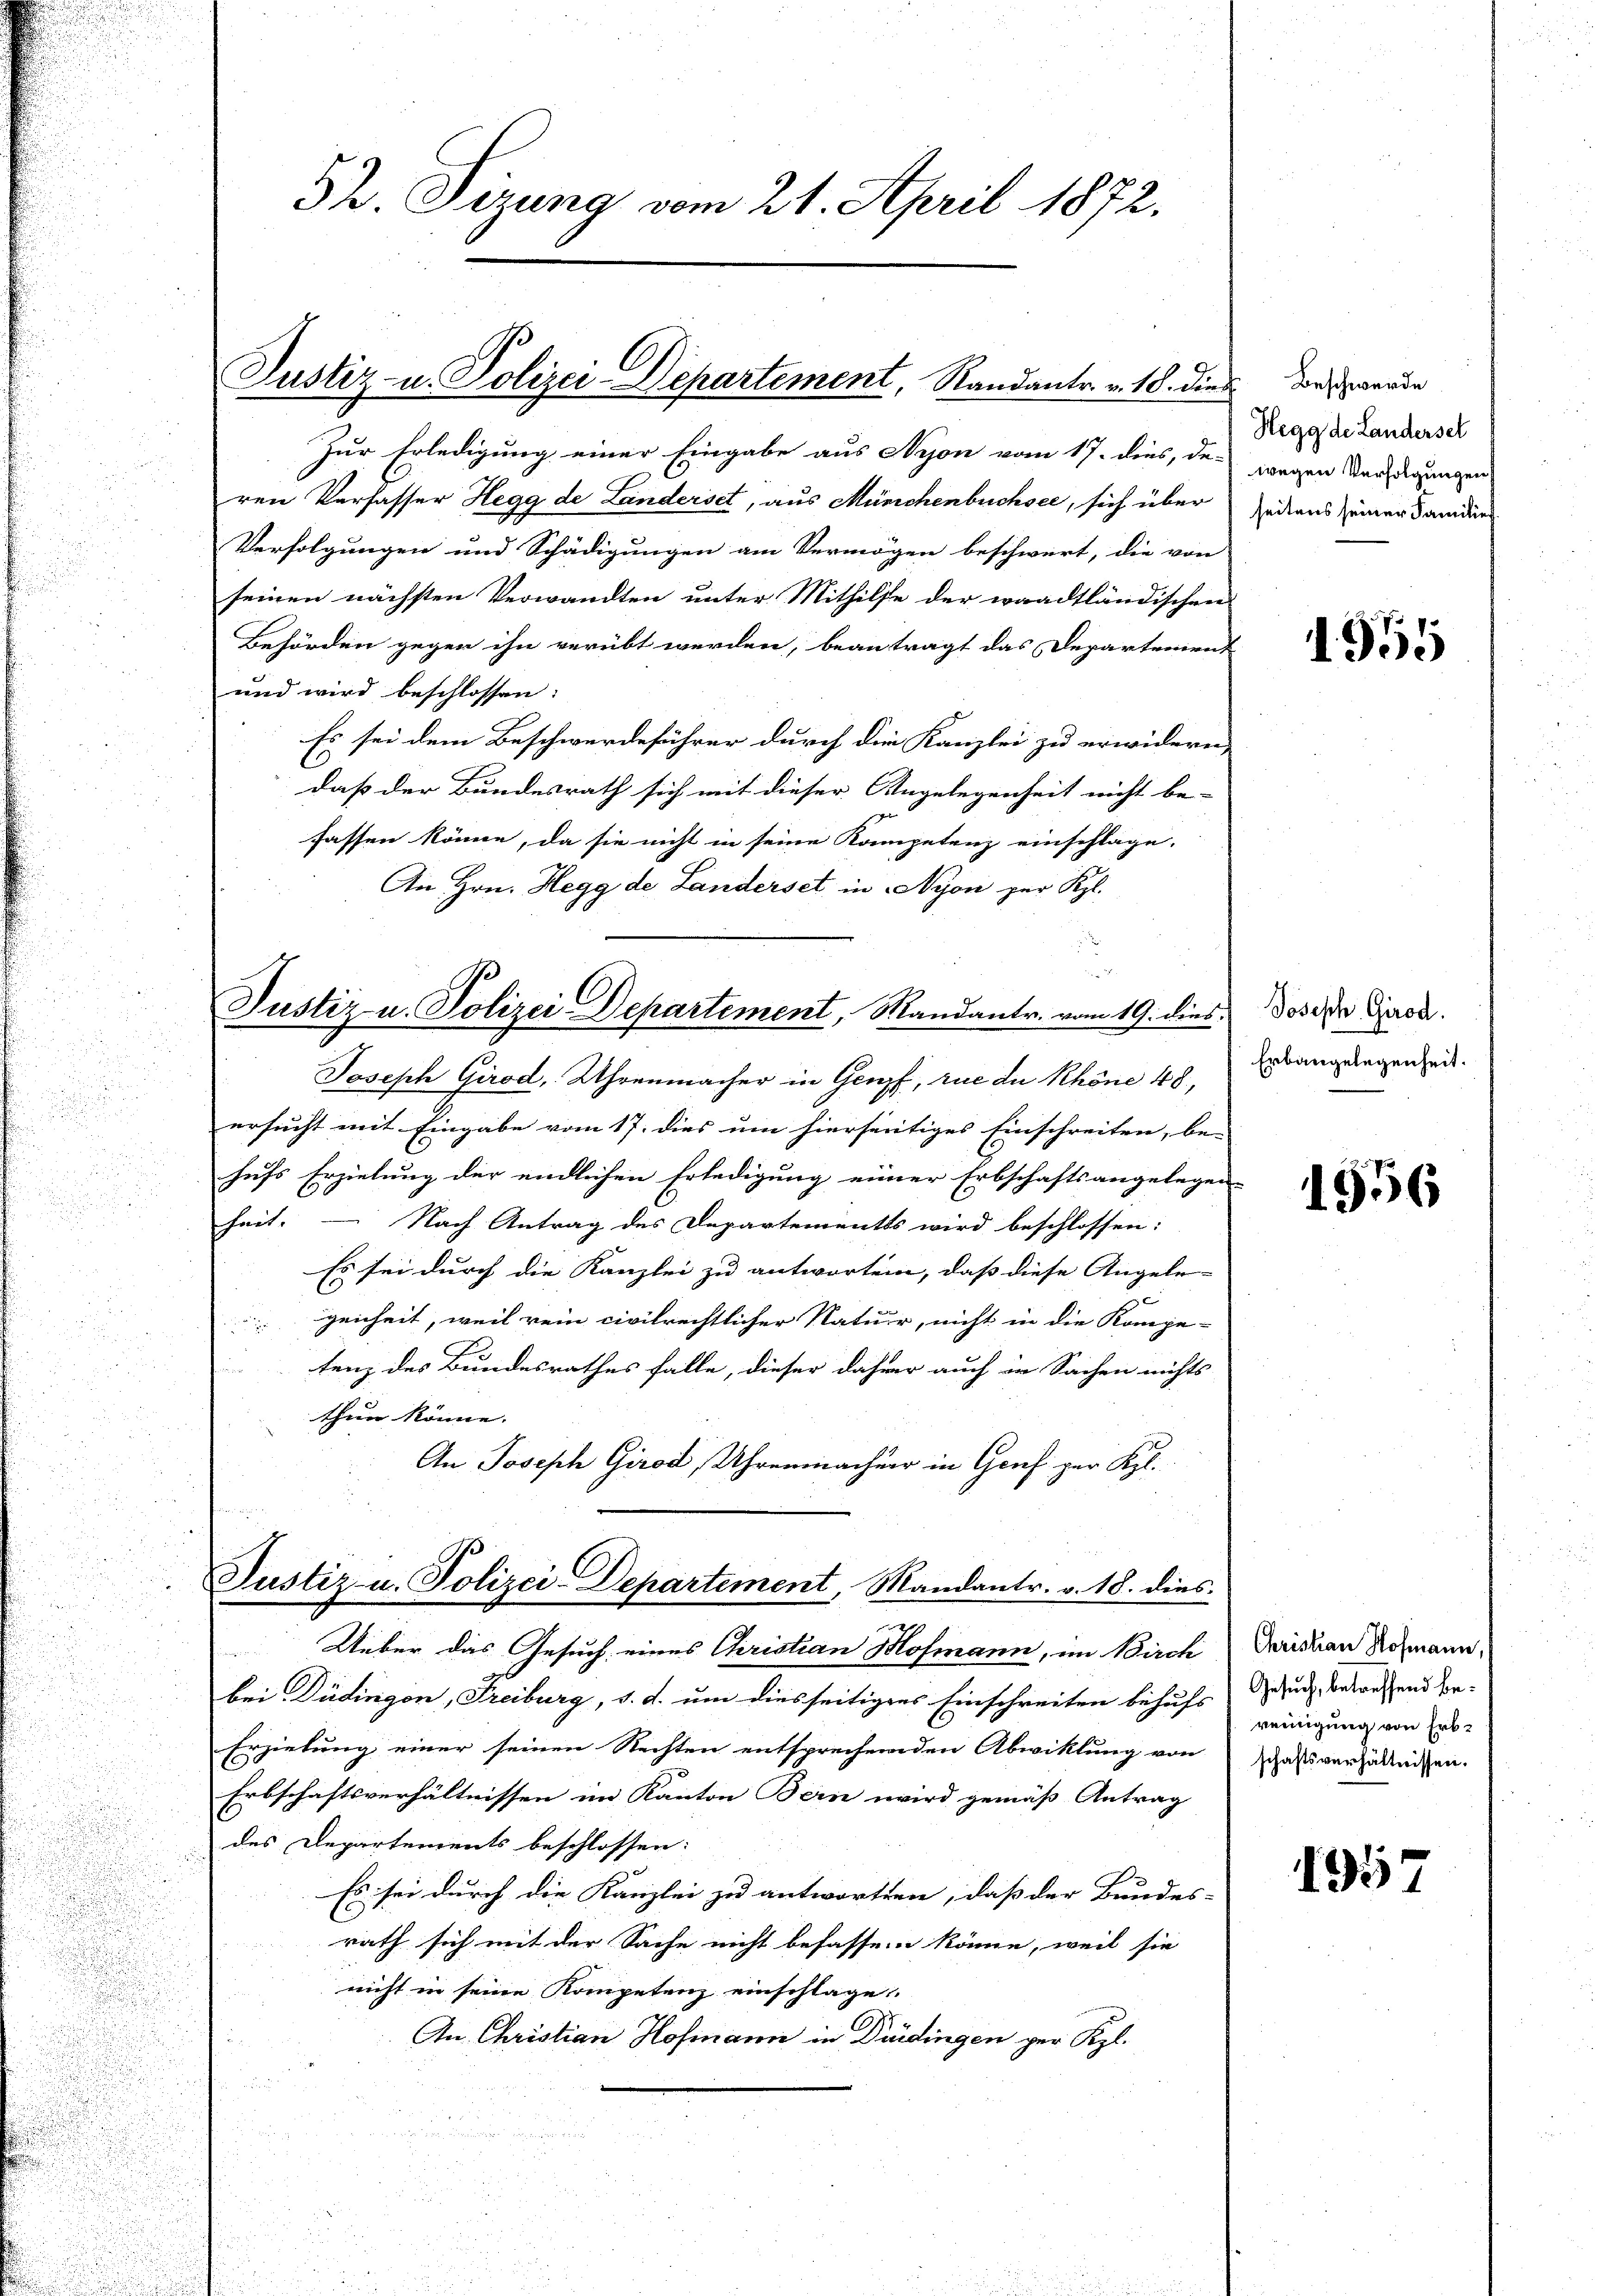
Zur Erledigung einer Eingabe aus Nyon vom 17. dies, de-
ren Verfasser Hegg de Landerset, aus Mürichenbuchsee, sich über
Verfolgungen und Schädigungen am Vermögen beschwert, die von
seinen nächsten Verwandten unter Mithilfe der waadtländischen
Behörden gegen ihn verübt werden, beantragt das Departeien.
und wird beschlossen:
Es sei dem Beschwerdeführer durch die Kanzlei zu erwidern
daß der Bundesrath sich mit dieser Angelegenheit nicht be-
fassen könne, da sie nicht in seine Kompetenz einschlage,
An Hrn. Hegg de Landerset in Nyon zur Kgl.

.
Joseph Girod, Uhrenmacher in Genf, rue du Khöne 48,
u
i
ersucht mit Eingabe vom 17. dies um hierseitiges Einschreiten, be-
hufs Erzielung der endlichen Erledigung einer Erbschaftsangelegen
schreit.
Nach Antrag des Departementes wird beschlossen:
Es sei durch die Kanzlei zu antworten, daß diese Angele-
genheit, weil rein civilrechtlicher Natur, nicht in die Kompe-
tenz des Bundesrathes falle, dieser dahier auch in Sachen nichts
thun könne.
An Joseph Girod, Uhrenmacher in Genf zur Kl.
Justiz- u. Polizei-Departement, Mandantr. v. 18. dies
m
Ueber das Gesuch eines Cristian Hofmann, im Birch
bei Düdingen, Freiburg, d. d. um diesseitigens Einschreiten behufs
Erziehung einer seinen Rechten entsprechenden Abwicklung von
Erbschaftsverhältnissen im Kanton Bern wird gemäß Antrag
des Departements beschlossen:
Es sei durch die Kanzlei zu antworten, daß der Bundes-
rath sich mit der Sache nicht befassen könne, weil sie
nicht in seine Kompetenz einschlage.
An. Christian Hofmann in Didingen per Kgl.
u

32 Sizung vom 21. April 1872.

Justiz- u. Polizei-Departement, Randantr. v. 18. dies

Justiz u. Polizei Departement, Mandantr. vom 19. dies

Beschwerde
Hegg de Landerseh
wegen Verfolgungen
seitens seiner Familie

1955

Joseph Girod.
Erbaugelegenheit.

1956

Christian Hofmann,
Gesuch, betreffend bereinigung von Erbschaftsverhältnissen.

1957